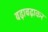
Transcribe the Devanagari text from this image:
बढ़ाबढ़ाकर